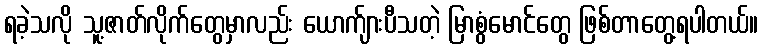
ရခဲ့သလို သူ့ဇာတ်လိုက်တွေမှာလည်း ယောက်ျားပီသတဲ့ မြာစွံမောင်တွေ ဖြစ်တာတွေ့ရပါတယ်။